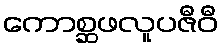
ကောစ္ဆဖလူပဇီဝီ